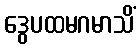
ဒွေပထမဂမာသိံ